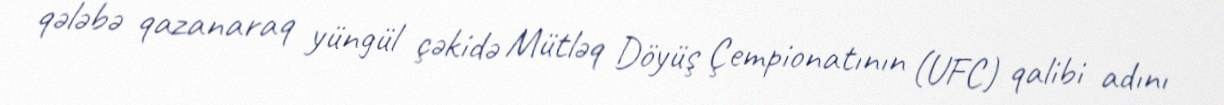
qələbə qazanaraq yüngül çəkidə Mütləq Döyüş Çempionatının (UFC) qalibi adını